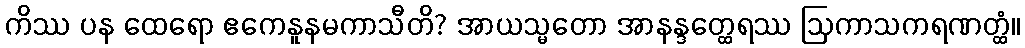
ကိဿ ပန ထေရော ဧကေနူနမကာသီတိ? အာယသ္မတော အာနန္ဒတ္ထေရဿ ဩကာသကရဏတ္ထံ။